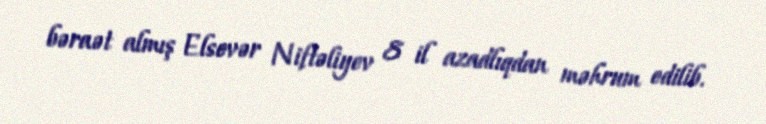
bəraət almış Elsevər Niftəliyev 8 il azadlıqdan məhrum edilib.